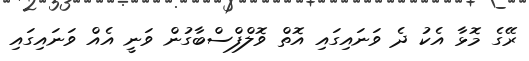
ރޭގެ މޮޅާ އެކު ދެ ވަނައިގައި އޮތް ވޮލްފްސްބާގުން ވަނީ އެއް ވަނައިގައި